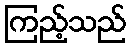
ကြည့်သည်